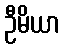
ဦမိယာ